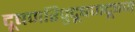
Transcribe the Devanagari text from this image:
दूषणरिपुदूषणदूषण